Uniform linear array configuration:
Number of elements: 4
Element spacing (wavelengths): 0.25
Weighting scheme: blackman
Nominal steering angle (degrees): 30
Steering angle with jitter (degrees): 28.259
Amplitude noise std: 0.05
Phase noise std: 0.05

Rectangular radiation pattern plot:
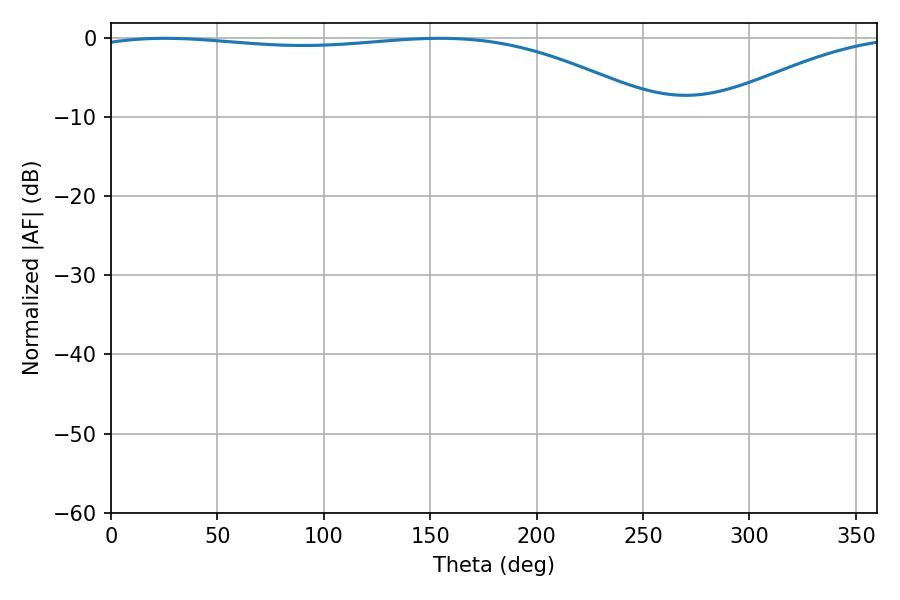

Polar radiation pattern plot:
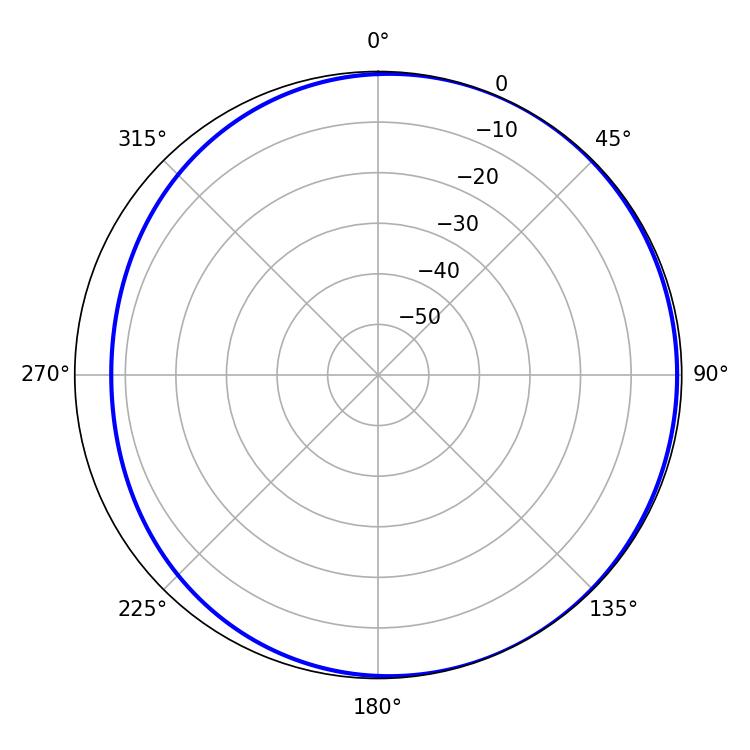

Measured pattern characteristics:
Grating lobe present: FALSE
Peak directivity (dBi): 2.57
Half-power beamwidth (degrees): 214.92
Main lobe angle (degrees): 25.38